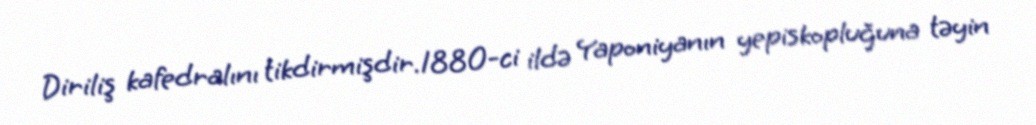
Diriliş kafedralını tikdirmişdir.1880-ci ildə Yaponiyanın yepiskopluğuna təyin